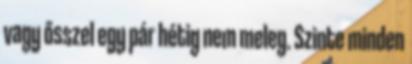
vagy ősszel egy pár hétig nem meleg. Szinte minden